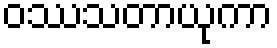
ဝဿသတာယုကာ